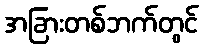
အခြားတစ်ဘက်တွင်